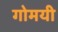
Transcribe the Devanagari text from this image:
गोमयी